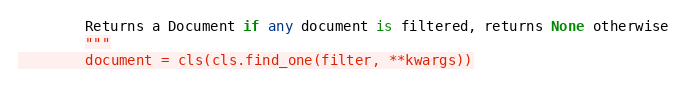
Language: Python
        Returns a Document if any document is filtered, returns None otherwise
        """
        document = cls(cls.find_one(filter, **kwargs))